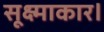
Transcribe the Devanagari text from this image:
सूक्ष्माकार।